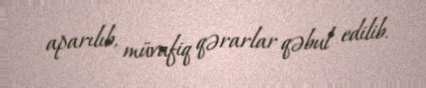
aparılıb, müvafiq qərarlar qəbul edilib.